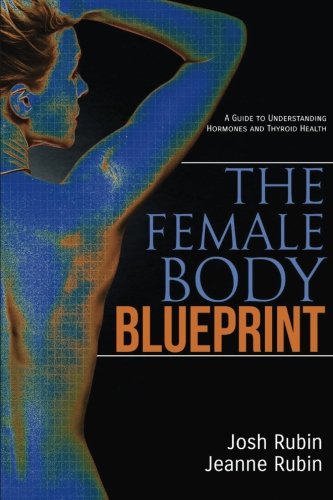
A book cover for The Female Body Blueprint: A Guide to Understanding Hormones and Thyroid Health; Josh Rubin; Health, Fitness & Dieting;